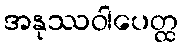
အနုဿဝါပေတ္ထ